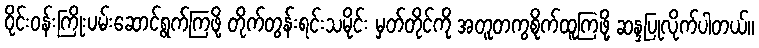
ဝိုင်းဝန်းကြိုးပမ်းဆောင်ရွက်ကြဖို့ တိုက်တွန်းရင်းသမိုင်း မှတ်တိုင်ကို အတူတကွစိုက်ထူကြဖို့ ဆန္ဒပြုလိုက်ပါတယ်။